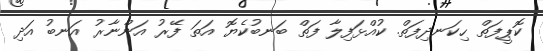
ކޮޕީފަތް ހިކަނދިފަތް. ކުއްޅަފިލާ ފަތް ބަނބުކެޔޮ އަތަ ފޭރު އަންނާރު އަނބު އަދި